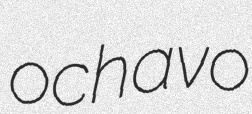
ochavo